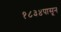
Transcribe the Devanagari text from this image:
१८३४पासून